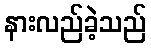
နားလည်ခဲ့သည်